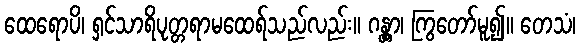
ထေရောပိ၊ ရှင်သာရိပုတ္တရာမထေရ်သည်လည်း။ ဂန္တွာ၊ ကြွတော်မူ၍။ တေသံ၊